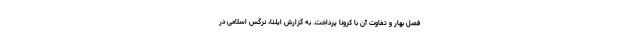
فصل بهار و تفاوت آن با کرونا پرداخت. به گزارش ایلنا، نرگس اسلامی در